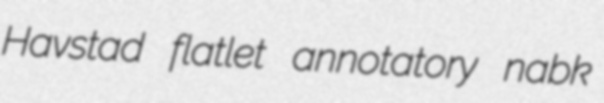
Havstad flatlet annotatory nabk